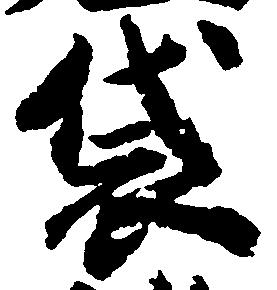
袋